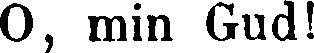
O, min Gud!